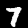
Label: 7